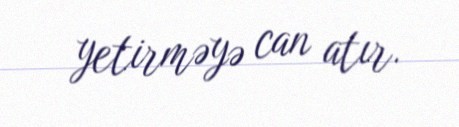
yetirməyə can atır.